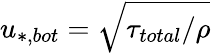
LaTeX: u_{*,bot}=\sqrt{\tau_{total}/\rho}